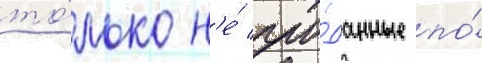
то́лько н'е́ про́данные по́